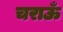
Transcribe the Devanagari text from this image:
चराऊँ